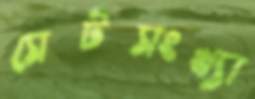
সেটসংখ্যা